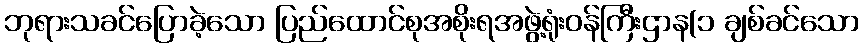
ဘုရားသခင်ပြောခဲ့သော ပြည်ထောင်စုအစိုးရအဖွဲ့ရုံးဝန်ကြီးဌာန(၁ ချစ်ခင်သော